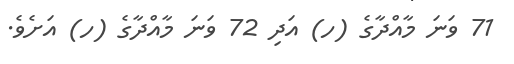
71 ވަނަ މާއްދާގެ (ހ) އަދި 72 ވަނަ މާއްދާގެ (ހ) އަށެވެ.